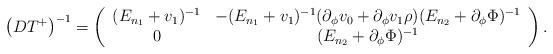
LaTeX: \begin{align*}\left(DT^+\right)^{-1}=\left(\begin{array}{cc} (E_{n_1}+v_1)^{-1} & -(E_{n_1}+v_1)^{-1}(\partial_\phi v_0+\partial_\phi v_1\rho)(E_{n_2}+\partial_\phi \Phi)^{-1}\\0 & (E_{n_2}+\partial_\phi \Phi)^{-1}\end{array}\right).\end{align*}